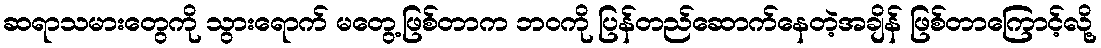
ဆရာသမားတွေကို သွားရောက် မတွေ့ဖြစ်တာက ဘဝကို ပြန်တည်ဆောက်နေတဲ့အချိန် ဖြစ်တာကြောင့်လို့